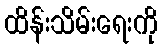
ထိန်းသိမ်းရေးကို